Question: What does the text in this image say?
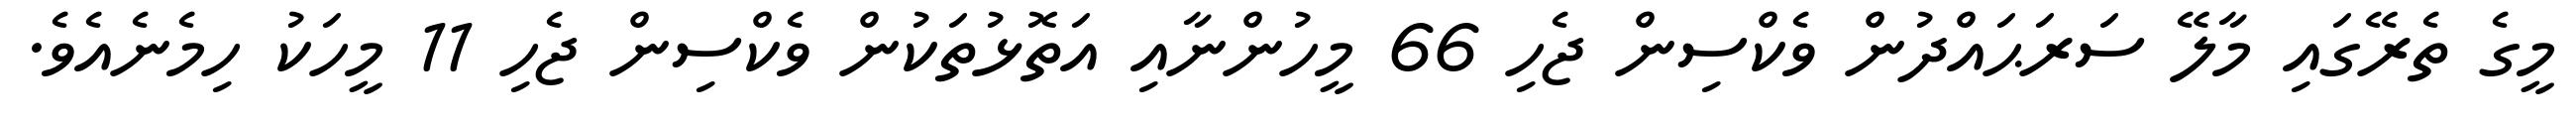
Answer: މީގެ ތެރޭގައި މާލޭ ސަރަޙައްދުން ވެކްސިން ޖެހި 66 މީހުންނާއި އަތޮޅުތަކުން ވެކްސިން ޖެހި 11 މީހަކު ހިމެނެއެވެ.